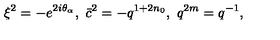
\xi ^ { 2 } = - e ^ { 2 i \theta _ { \alpha } } , \ \bar { c } ^ { 2 } = - q ^ { 1 + 2 n _ { 0 } } , \ q ^ { 2 m } = q ^ { - 1 } ,